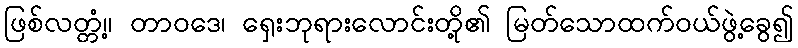
ဖြစ်လတ္တံ့။ တာဝဒေ၊ ရှေးဘုရားလောင်းတို့၏ မြတ်သောထက်ဝယ်ဖွဲ့ခွေ၍